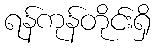
ရန်ကုန်တိုင်းရှိ